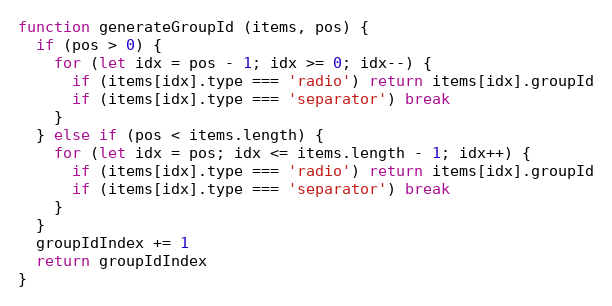
Language: JavaScript
function generateGroupId (items, pos) {
  if (pos > 0) {
    for (let idx = pos - 1; idx >= 0; idx--) {
      if (items[idx].type === 'radio') return items[idx].groupId
      if (items[idx].type === 'separator') break
    }
  } else if (pos < items.length) {
    for (let idx = pos; idx <= items.length - 1; idx++) {
      if (items[idx].type === 'radio') return items[idx].groupId
      if (items[idx].type === 'separator') break
    }
  }
  groupIdIndex += 1
  return groupIdIndex
}